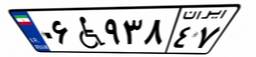
۰۶W۹۳۸۴۷